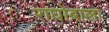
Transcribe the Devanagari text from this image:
राघोबाला